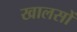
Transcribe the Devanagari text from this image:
खालसों